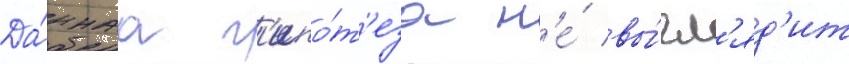
Да́ннаа г'ипо́т'еза н'е́ вы́гл'яд'ит